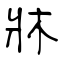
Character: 牀